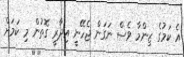
އެ ކަމުގެ ޒިންމާ ވެސް ނަގަން ޖެހޭނީ އިދާރީ ގޮތުން މި ކަމަށް